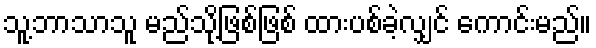
သူ့ဘာသာသူ မည်သို့ဖြစ်ဖြစ် ထားပစ်ခဲ့လျှင် ကောင်းမည်။